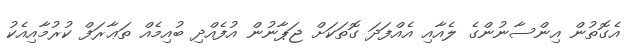
އެގޮތުން އިންސާނުންގެ ލެއާއި އެއްފަދަ ގޮތަކަށް ޖަޕާނުން އުފެއްދި ބުއިމެއް ތަޢާރަފް ކުރުމާއިއެކު